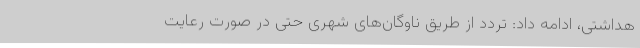
هداشتی، ادامه داد: تردد از طریق ناوگان‌های شهری حتی در صورت رعایت